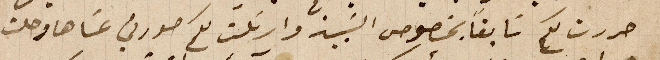
حررت لكم سابقاً بخصوص النبيذ وارسلت لكم صورتي عسَاها وصلت